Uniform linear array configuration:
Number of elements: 8
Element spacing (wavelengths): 0.25
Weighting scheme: exponential
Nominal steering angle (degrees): -60
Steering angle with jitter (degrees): -61.294
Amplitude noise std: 0.05
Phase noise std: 0.05

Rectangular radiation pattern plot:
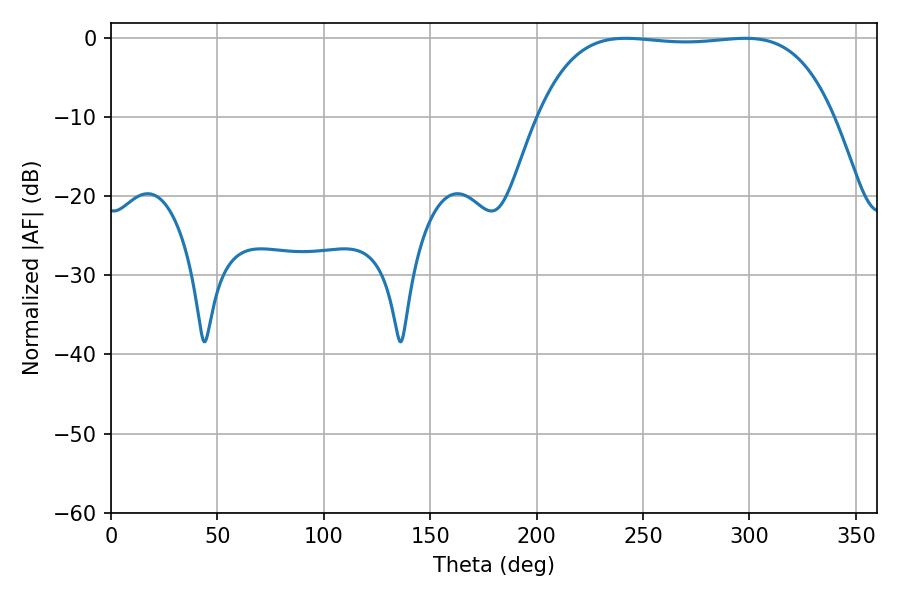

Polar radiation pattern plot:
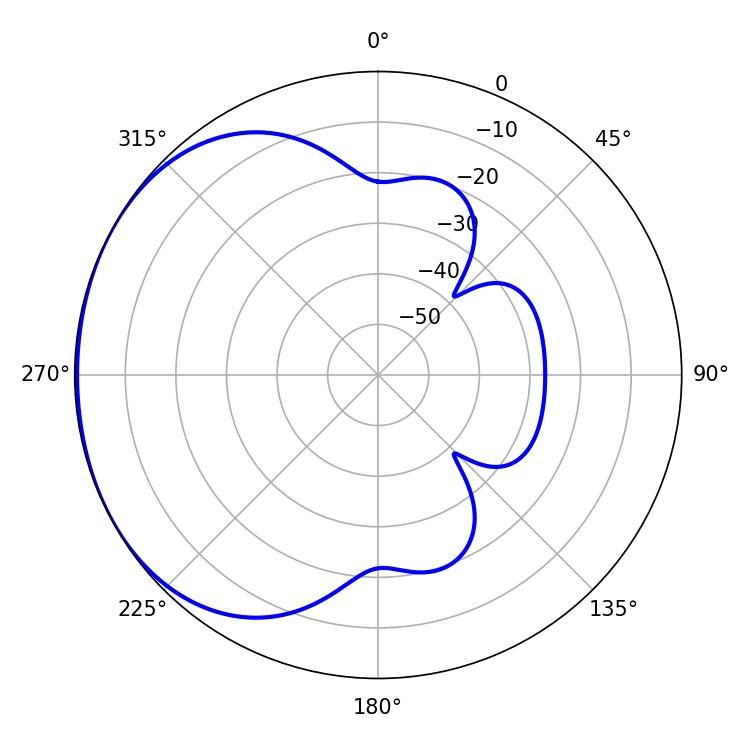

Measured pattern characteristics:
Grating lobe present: FALSE
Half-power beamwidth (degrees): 109.08
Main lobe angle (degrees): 241.92